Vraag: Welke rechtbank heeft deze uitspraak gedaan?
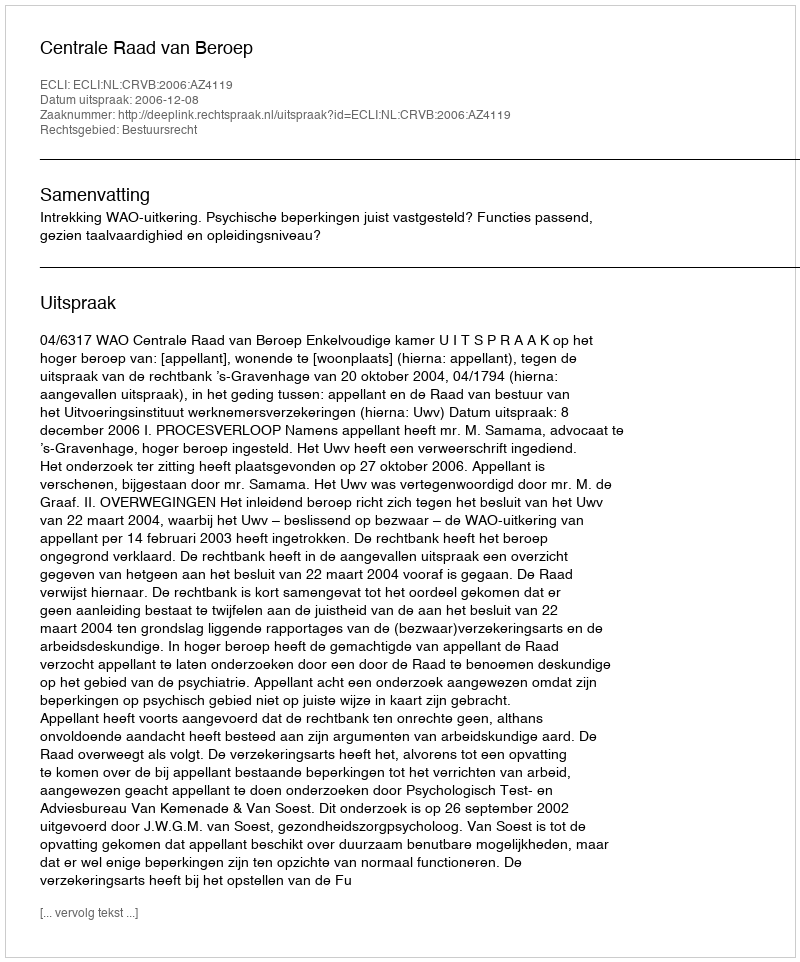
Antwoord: Centrale Raad van Beroep